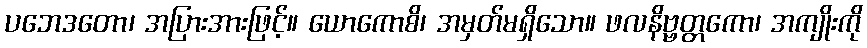
ပဘေဒတော၊ အပြားအားဖြင့်။ ယောကောစိ၊ အမှတ်မရှိသော။ ဖလနိဗ္ဗတ္တကော၊ အကျိုးကို